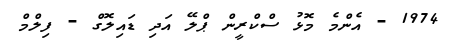
1974 - އެންމެ މޮޅު ސްކްރީން ޕްލޭ އަދި ޑައިލޮގް - ފިލްމް